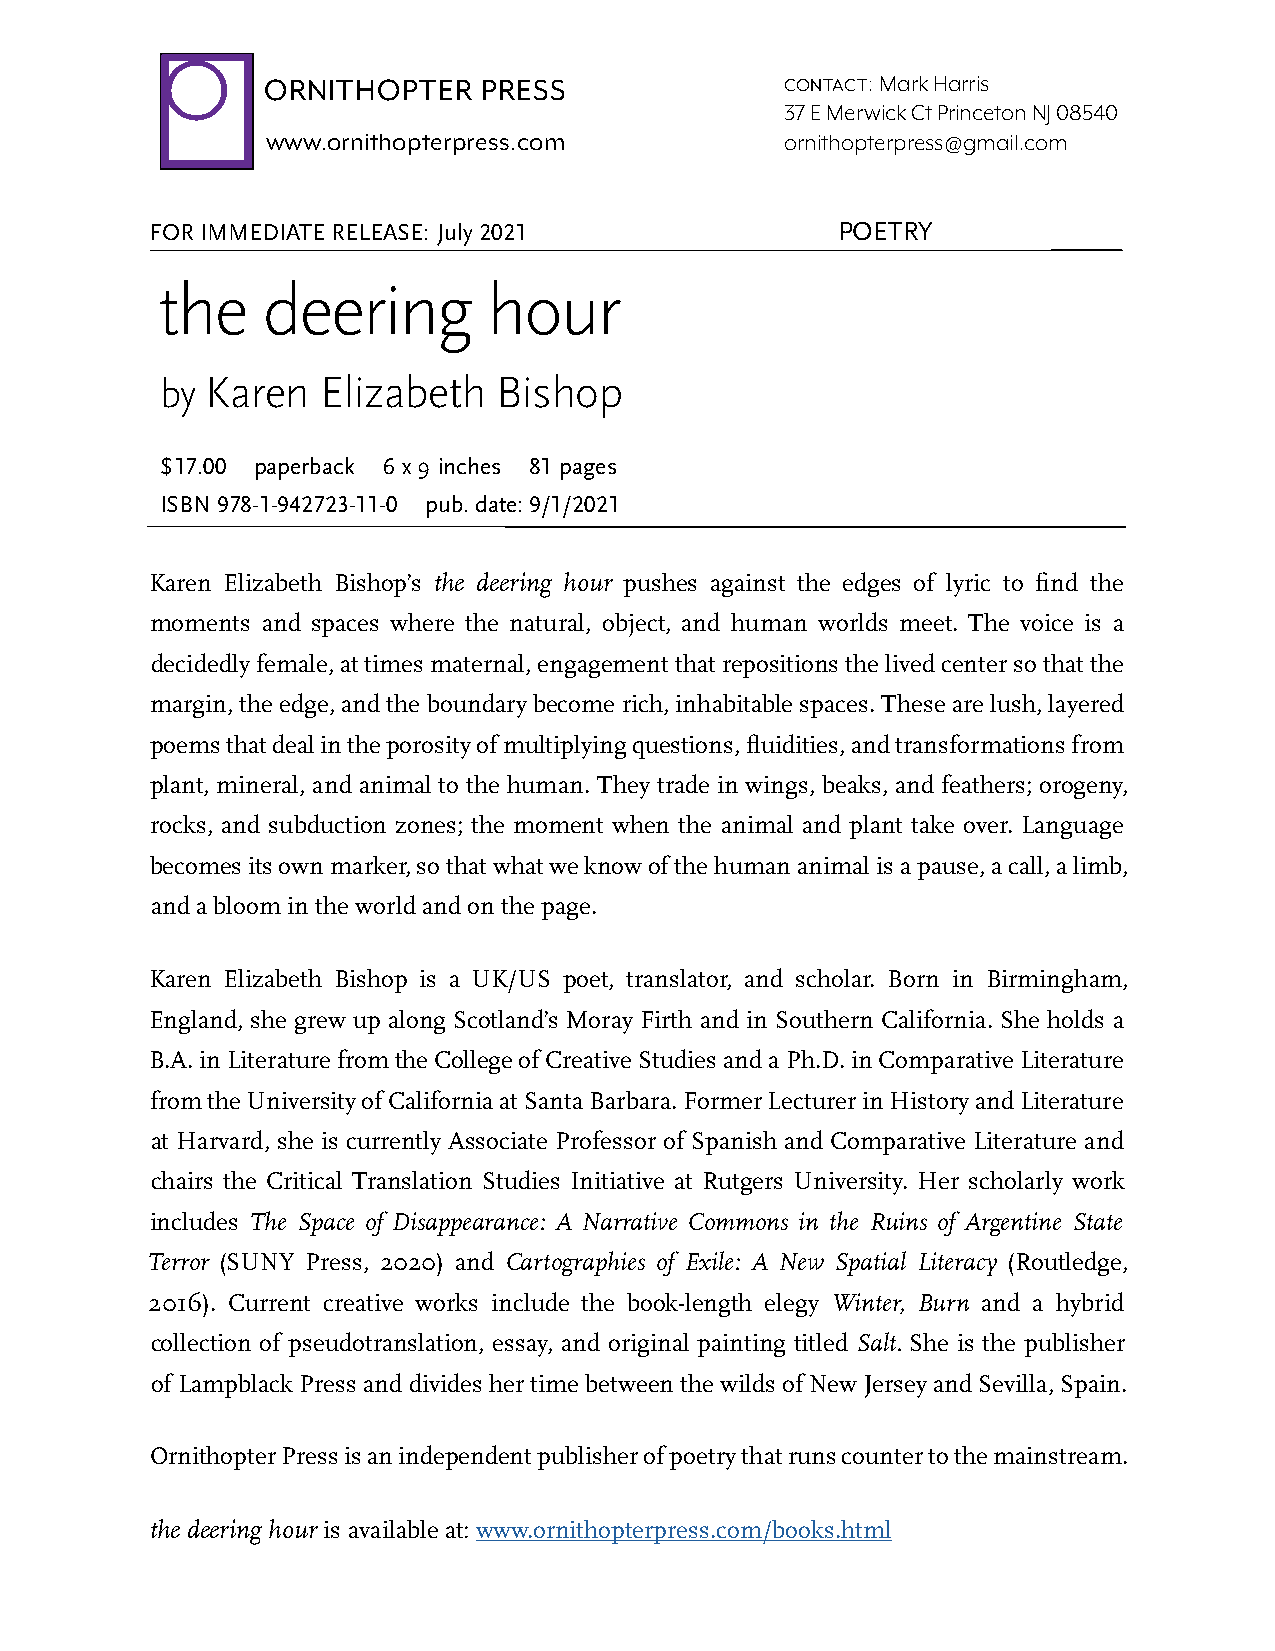
O
 ORNITHOPTER    PRESS               contact: Mark Harris
 37 E Merwick Ct Princeton NJ 08540
 www.ornithopterpress.com          ornithopterpress @ gmail .com
 FOR IMMEDIATE RELEASE: July 2021             POETRY
 the    deering        hour
 by Karen  Elizabeth   Bishop
 $ 17.00 paperback 6 x 9 inches 81 pages
 ISBN 978-1-942723-11-0 pub. date: 9/1/2021
 Karen Elizabeth Bishop’s the deering hour pushes against the edges of lyric to find the
 moments and spaces where the natural, object, and human worlds meet. The voice is a
 decidedly female, at times maternal, engagement that repositions the lived center so that the
 margin, the edge, and the boundary become rich, inhabitable spaces. These are lush, layered
 poems that deal in the porosity of multiplying questions, fluidities, and transformations from
 plant, mineral, and animal to the human. They trade in wings, beaks, and feathers; orogeny,
 rocks, and subduction zones; the moment when the animal and plant take over. Language
 becomes its own marker, so that what we know of the human animal is a pause, a call, a limb,
 and a bloom in the world and on the page.
 Karen Elizabeth Bishop is a UK/US poet, translator, and scholar. Born in Birmingham,
 England, she grew up along Scotland’s Moray Firth and in Southern California. She holds a
 B.A. in Literature from the College of Creative Studies and a Ph.D. in Comparative Literature
 from the University of California at Santa Barbara. Former Lecturer in History and Literature
 at Harvard, she is currently Associate Professor of Spanish and Comparative Literature and
 chairs the Critical Translation Studies Initiative at Rutgers University. Her scholarly work
 includes The Space of Disappearance: A Narrative Commons in the Ruins of Argentine State
 Terror (SUNY Press, 2020) and Cartographies of Exile: A New Spatial Literacy (Routledge,
 2016). Current creative works include the book-length elegy Winter, Burn and a hybrid
 collection of pseudotranslation, essay, and original painting titled Salt. She is the publisher
 of Lampblack Press and divides her time between the wilds of New Jersey and Sevilla, Spain.
 Ornithopter Press is an independent publisher of poetry that runs counter to the mainstream.
 the deering hour is available at: www.ornithopterpress.com/books.html